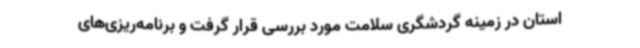
استان در زمینه گردشگری سلامت مورد بررسی قرار گرفت و برنامه‌ریزی‌های